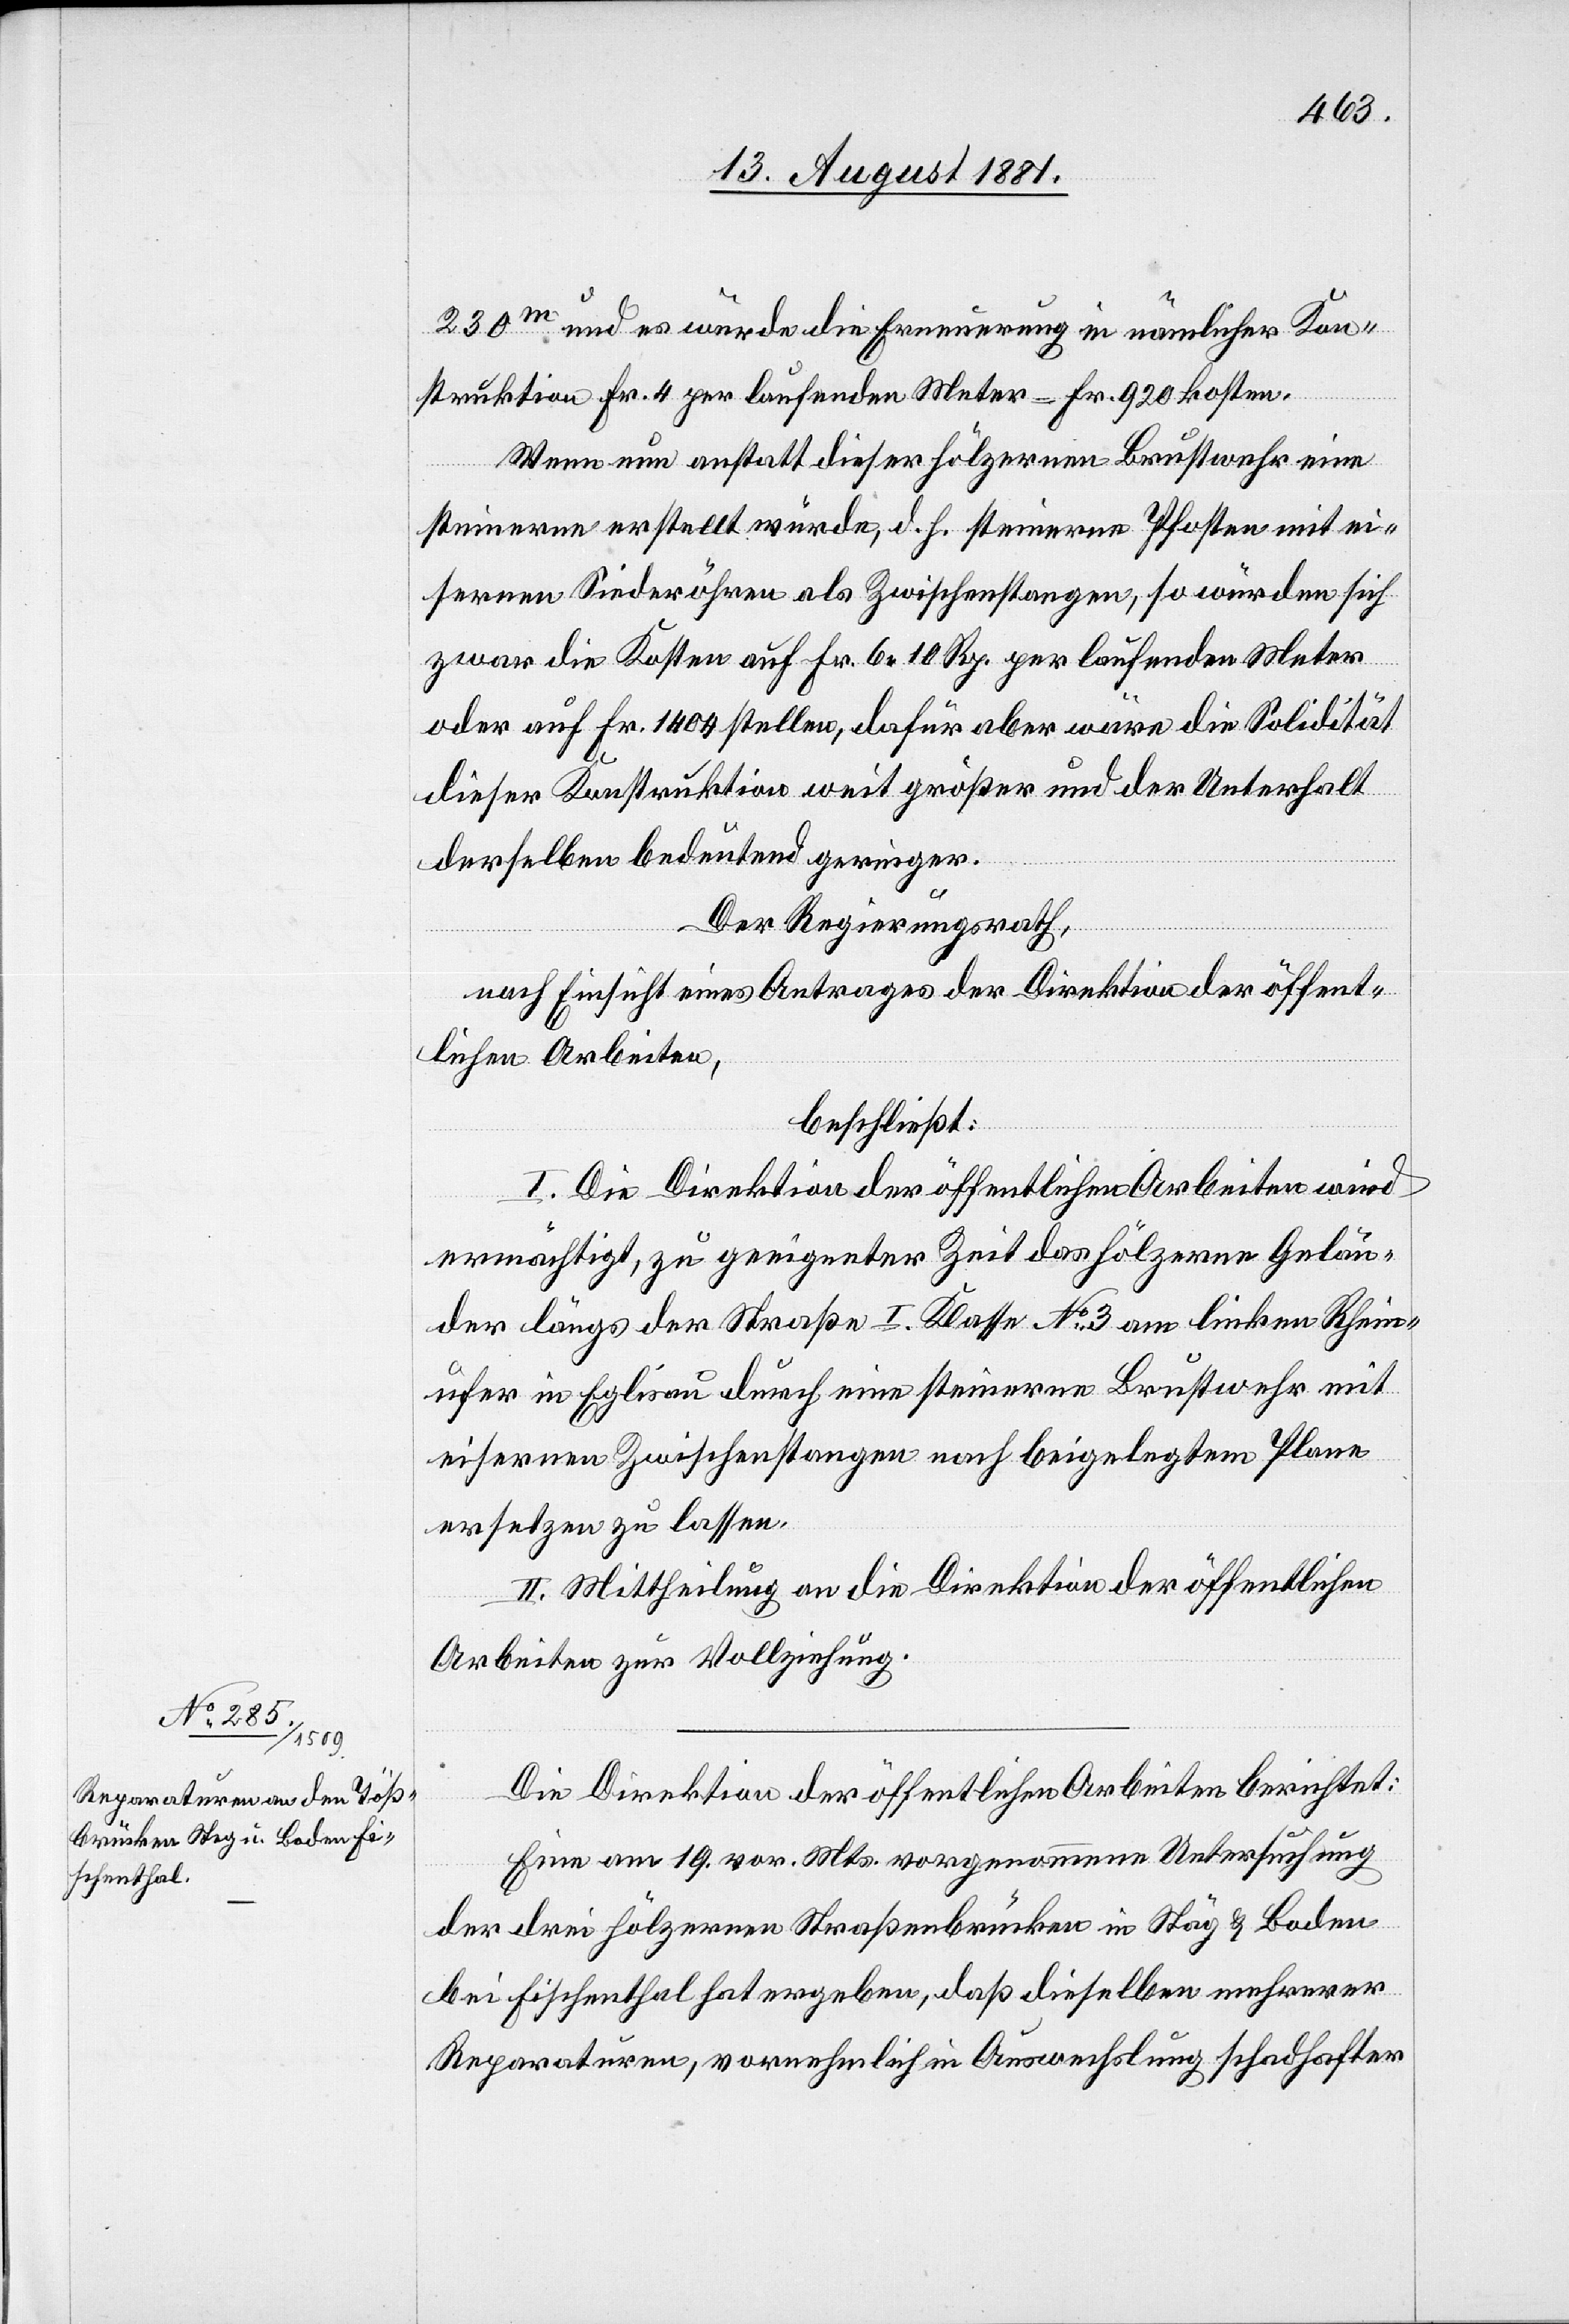
230m und es wurde Erneuerung im nämlicher Kon¬
struktion Fr. 4 per laufenden Meter = Fr. 920 kosten.
Wenn nun anstatt dieser hölzernen Brustwehr eine
steinerne erstellt würde, d. h. steinerne Pfosten mit ei¬
sernen Siederwöhren als Zwischenstangen, so würden sich
zwar die Kosten auf Fr. 6 10 Rp. per laufenden Meter
oder auf Fr.1400 stellen, dafür aber wäre die Solidität
dieser Konstruktion weit größer und der Unterhalt
derselben bedeutend geringer.
Der Regierungsrath,
nach Einsicht eines Antrages der Direktion der öffent¬
lichen Arbeiten,
beschließt:
I. Die Direktion der öffentlichen Arbeiten wird
ermächtigt, zu geeigneter Zeit das hölzerne Gelän¬
der längs der Straße I. Klasse No 3 am linken Rhein¬
ufer in Eglisau durch eine steinerne Brustwehr mit
eisernen Zwischenstangen nach beigelegtem Plane
ersetzen zu lassen.
II. Mittheilung an die Direktion der öffentlichen
Arbeiten zur Vollziehung.
Die Direktion der öffentlichen Arbeiten berichtet:
Eine am 19. vor. Mts. vorgenommene Untersuchung
der drei hölzernen Straßenbrücken in Stäg [sic!] & Baden
bei Fischenthal hat ergeben, daß dieselben mehrerer
Reparaturen, vornehmlich in Auswechslung schadhafter